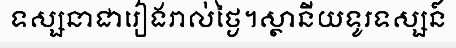
ទស្សនាជារៀងរាល់ថ្ងៃ។ស្ថានីយទូរទស្សន៍